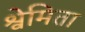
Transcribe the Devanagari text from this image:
श्वेमिता